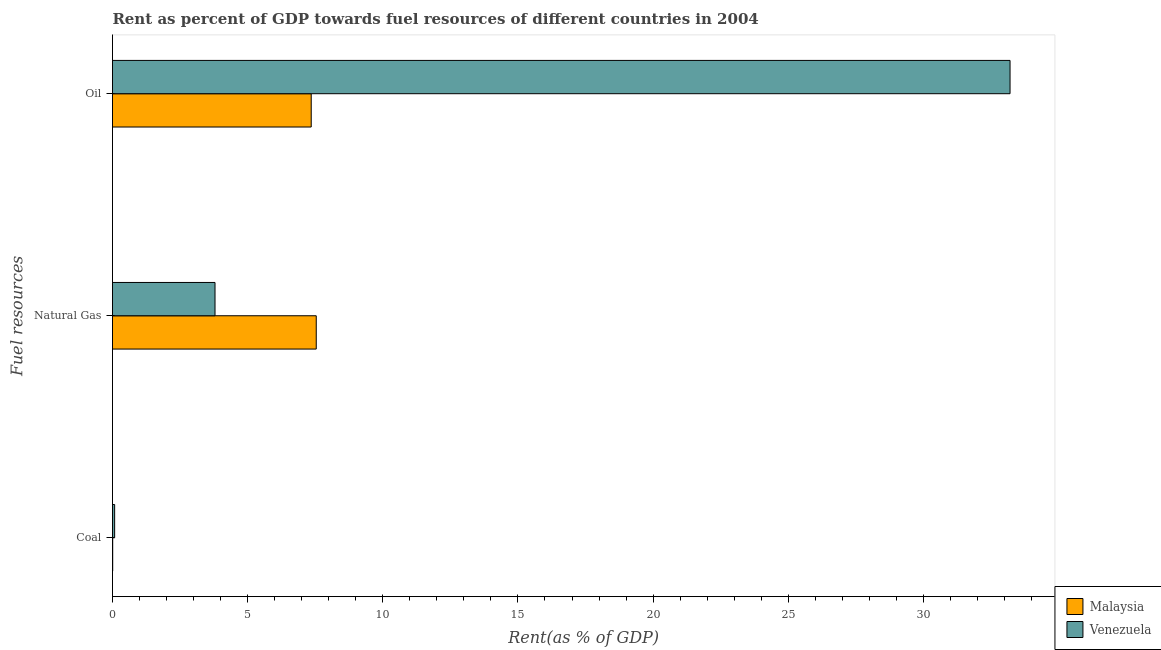
| Fuel resources | Malaysia | Venezuela |
 | --- | --- | --- |
 | Coal | 0.00744 | 0.0791 |
 | Natural Gas | 7.54 | 3.79 |
 | Oil | 7.35 | 33.2 |